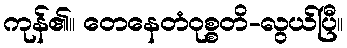
ကုန်၏။ တေနေတံဝုစ္စတိ-လွယ်ပြီ။